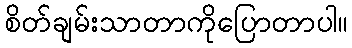
စိတ်ချမ်းသာတာကိုပြောတာပါ။